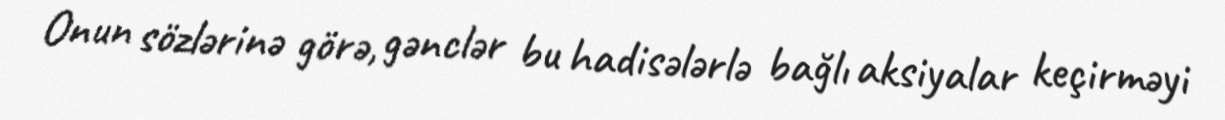
Onun sözlərinə görə, gənclər bu hadisələrlə bağlı aksiyalar keçirməyi